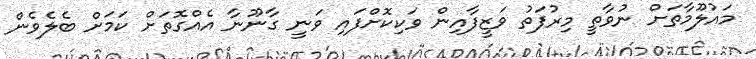
މައުލޫމާތަށް ނުވާތީ މިރުފަތު ވަޒީފާއިން ވަކިކޮށްފައި ވަނީ ގާނޫނާ އެއްގޮތަށް ކަމަށް ބެލެވެން